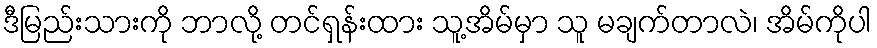
ဒီမြည်းသားကို ဘာလို့ တင်ရှန်းထား သူ့အိမ်မှာ သူ မချက်တာလဲ၊ အိမ်ကိုပါ